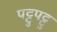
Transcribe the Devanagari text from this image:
पट्टुपट्टु